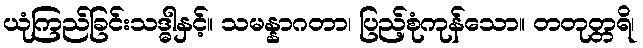
ယုံကြည်ခြင်းသဒ္ဓါနှင့်။ သမန္နာဂတာ၊ ပြည့်စုံကုန်သော။ တတုတ္တရိ၊